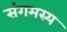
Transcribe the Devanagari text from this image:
संगमस्य